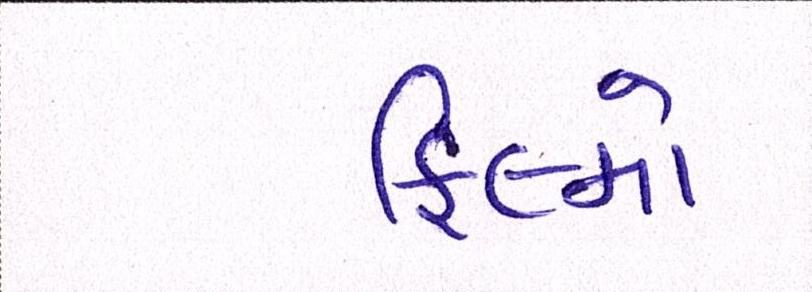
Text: ફિલ્મો